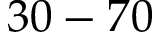
3 0 - 7 0